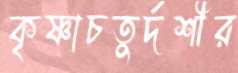
কৃষ্ণাচতুর্দশীর